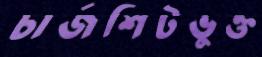
চার্জশিটভুক্ত